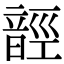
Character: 䪫